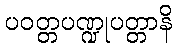
ပဝတ္တပဏ္ဍုပတ္တာနိ